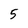
Character: 5